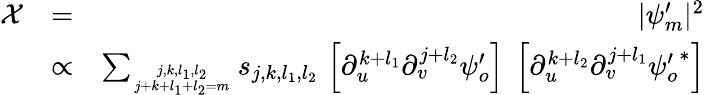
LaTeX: \begin{array}{rlr}{\mathcal{X}}&{=}&{|\psi_{m}^{\prime}|^{2}}\\ &{\propto}&{\sum_{{j,k,l_{1},l_{2}}\atop{j+k+l_{1}+l_{2}=m}}s_{j,k,l_{1},l_{2}}\, \left[\partial_{u}^{k+l_{1}}\partial_{v}^{j+l_{2}}\psi_{o}^{\prime}\right]\; \left[\partial_{u}^{k+l_{2}}\partial_{v}^{j+l_{1}}{\psi_{o}^{\prime}}^{*}\right]}\end{array}